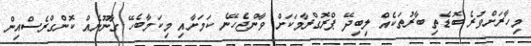
މިހާރަށްވުރެ ބޮޑެތި ބާރުތަކެއް ލިބިދޭ ޕްރޮގްރާމަކަށް ވާންޖެހޭނެ ކަމަށާއި މިކަމާބެހޭ ގާނޫނެއް ކޮންގްރެސްއިން